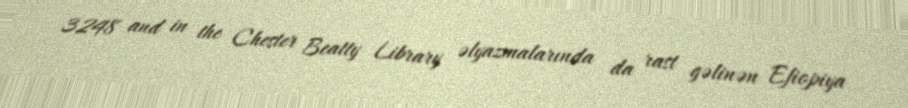
3248 and in the Chester Beatty Library əlyazmalarında da rast gəlinən Efiopiya